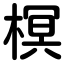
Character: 榠